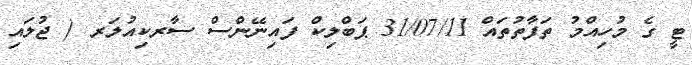
ޓީ ގެ މުހިއްމު ތަފާތުތައް 31/07/11 ޕަބްލިކް ފައިނޭންސް ސާރކިއުލަރ ( ޖުލައި